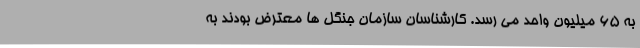
به ۶۵ میلیون واحد می رسد. کارشناسان سازمان جنگل ها معترض بودند به